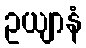
ဥယျာနံ